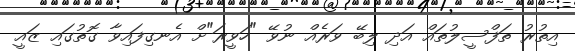
އިތުރު ތަފްސީލުތައް އަދި ލިބޭ ވަރެއް ނުވޭ "ހަވީރަ"ށް އެނގިފައިވާ ގޮތުގައި ޒައީ